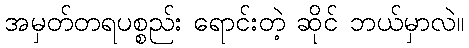
အမှတ်တရပစ္စည်း ရောင်းတဲ့ ဆိုင် ဘယ်မှာလဲ။